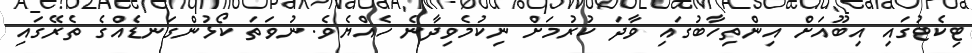
ޓިކެޓުގައި އިބޫއަށް އިންތިހާބުގައި ވާދަ ކުރުމަށް ނިކުމެވިދާނެ ހެއްޔެވެ. ނުވަތަ ކޯޅުންގަނޑެއްގެ ތެރޭގައި